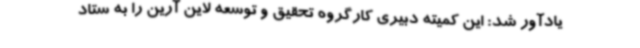
یادآور شد: این کمیته دبیری کارگروه تحقیق و توسعه لاین آرین را به ستاد